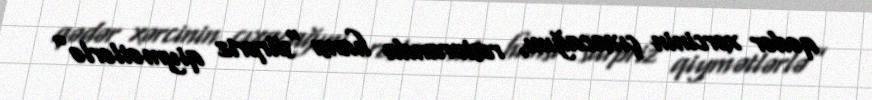
qədər xərcinin çıxacağını, restoranda hansı “sürpriz qiymətlərlə”